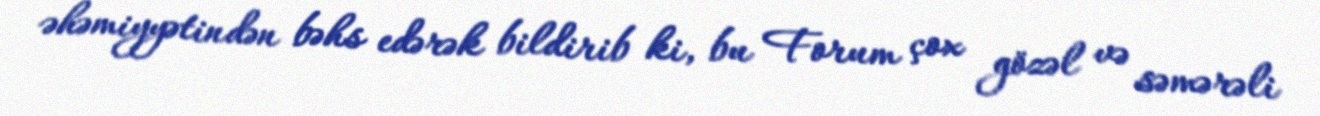
əhəmiyyətindən bəhs edərək bildirib ki, bu Forum çox gözəl və səmərəli